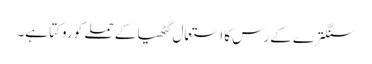
سنگترے کے رس کا استعمال گٹھیا کے حملے کو روکتا ہے۔